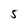
Character: 5